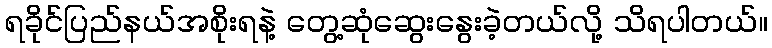
ရခိုင်ပြည်နယ်အစိုးရနဲ့ တွေ့ဆုံဆွေးနွေးခဲ့တယ်လို့ သိရပါတယ်။